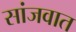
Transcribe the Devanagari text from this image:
सांजवात